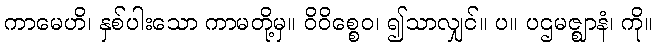
ကာမေဟိ၊ နှစ်ပါးသော ကာမတို့မှ။ ဝိဝိစ္စေဝ၊ ၍သာလျှင်။ ပ။ ပဌမဇ္ဈာနံ၊ ကို။